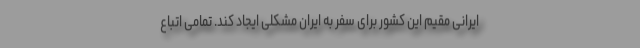
ایرانی مقیم این کشور برای سفر به ایران مشکلی ایجاد کند. تمامی اتباع